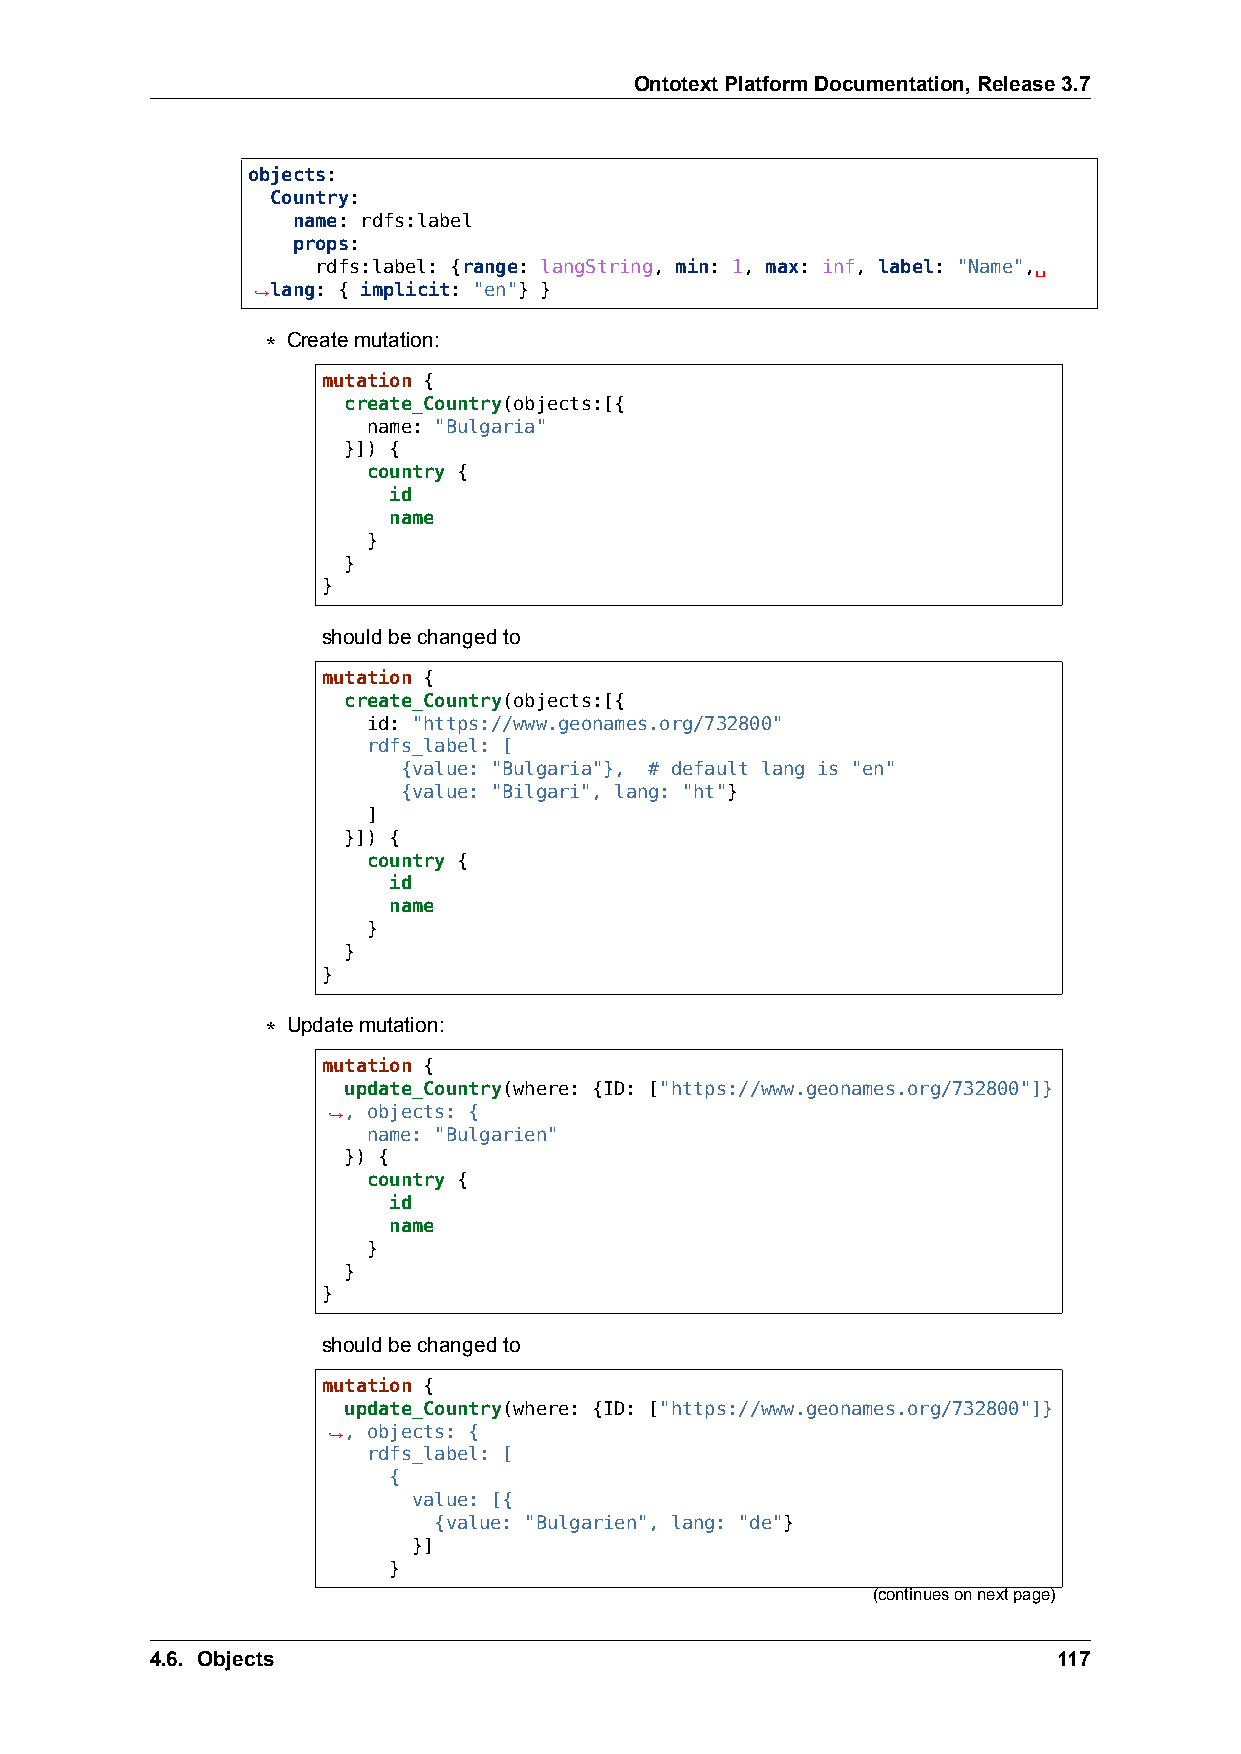
OntotextPlatformDocumentation,Release3.7
 objects:
 Country:
 name: rdfs:label
 props:
 rdfs:label: {range: langString, min: 1, max: inf, label: "Name",␣
 ,→lang: { implicit: "en"} }
 * Createmutation:
 mutation {
 create_Country(objects:[{
 name: "Bulgaria"
 }]) {
 country {
 id
 name
 }
 }
 }
 shouldbechangedto
 mutation {
 create_Country(objects:[{
 id: "https://www.geonames.org/732800"
 rdfs_label: [
 {value: "Bulgaria"}, # default lang is "en"
 {value: "Bilgari", lang: "ht"}
 ]
 }]) {
 country {
 id
 name
 }
 }
 }
 * Updatemutation:
 mutation {
 update_Country(where: {ID: ["https://www.geonames.org/732800"]}
 ,→, objects: {
 name: "Bulgarien"
 }) {
 country {
 id
 name
 }
 }
 }
 shouldbechangedto
 mutation {
 update_Country(where: {ID: ["https://www.geonames.org/732800"]}
 ,→, objects: {
 rdfs_label: [
 {
 value: [{
 {value: "Bulgarien", lang: "de"}
 }]
 }
 (continuesonnextpage)
 4.6. Objects                                                117